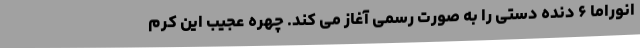
انوراما ۶ دنده دستی را به صورت رسمی آغاز می کند. چهره عجیب این کرم